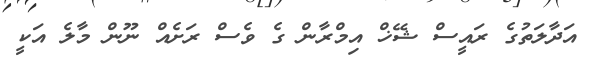
އަދާލަތުގެ ރައީސް ޝޭޚް އިމްރާން ގެ ވެސް ރަށެއް ނޫން މާލެ އަކީ